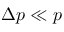
\Delta p \ll p